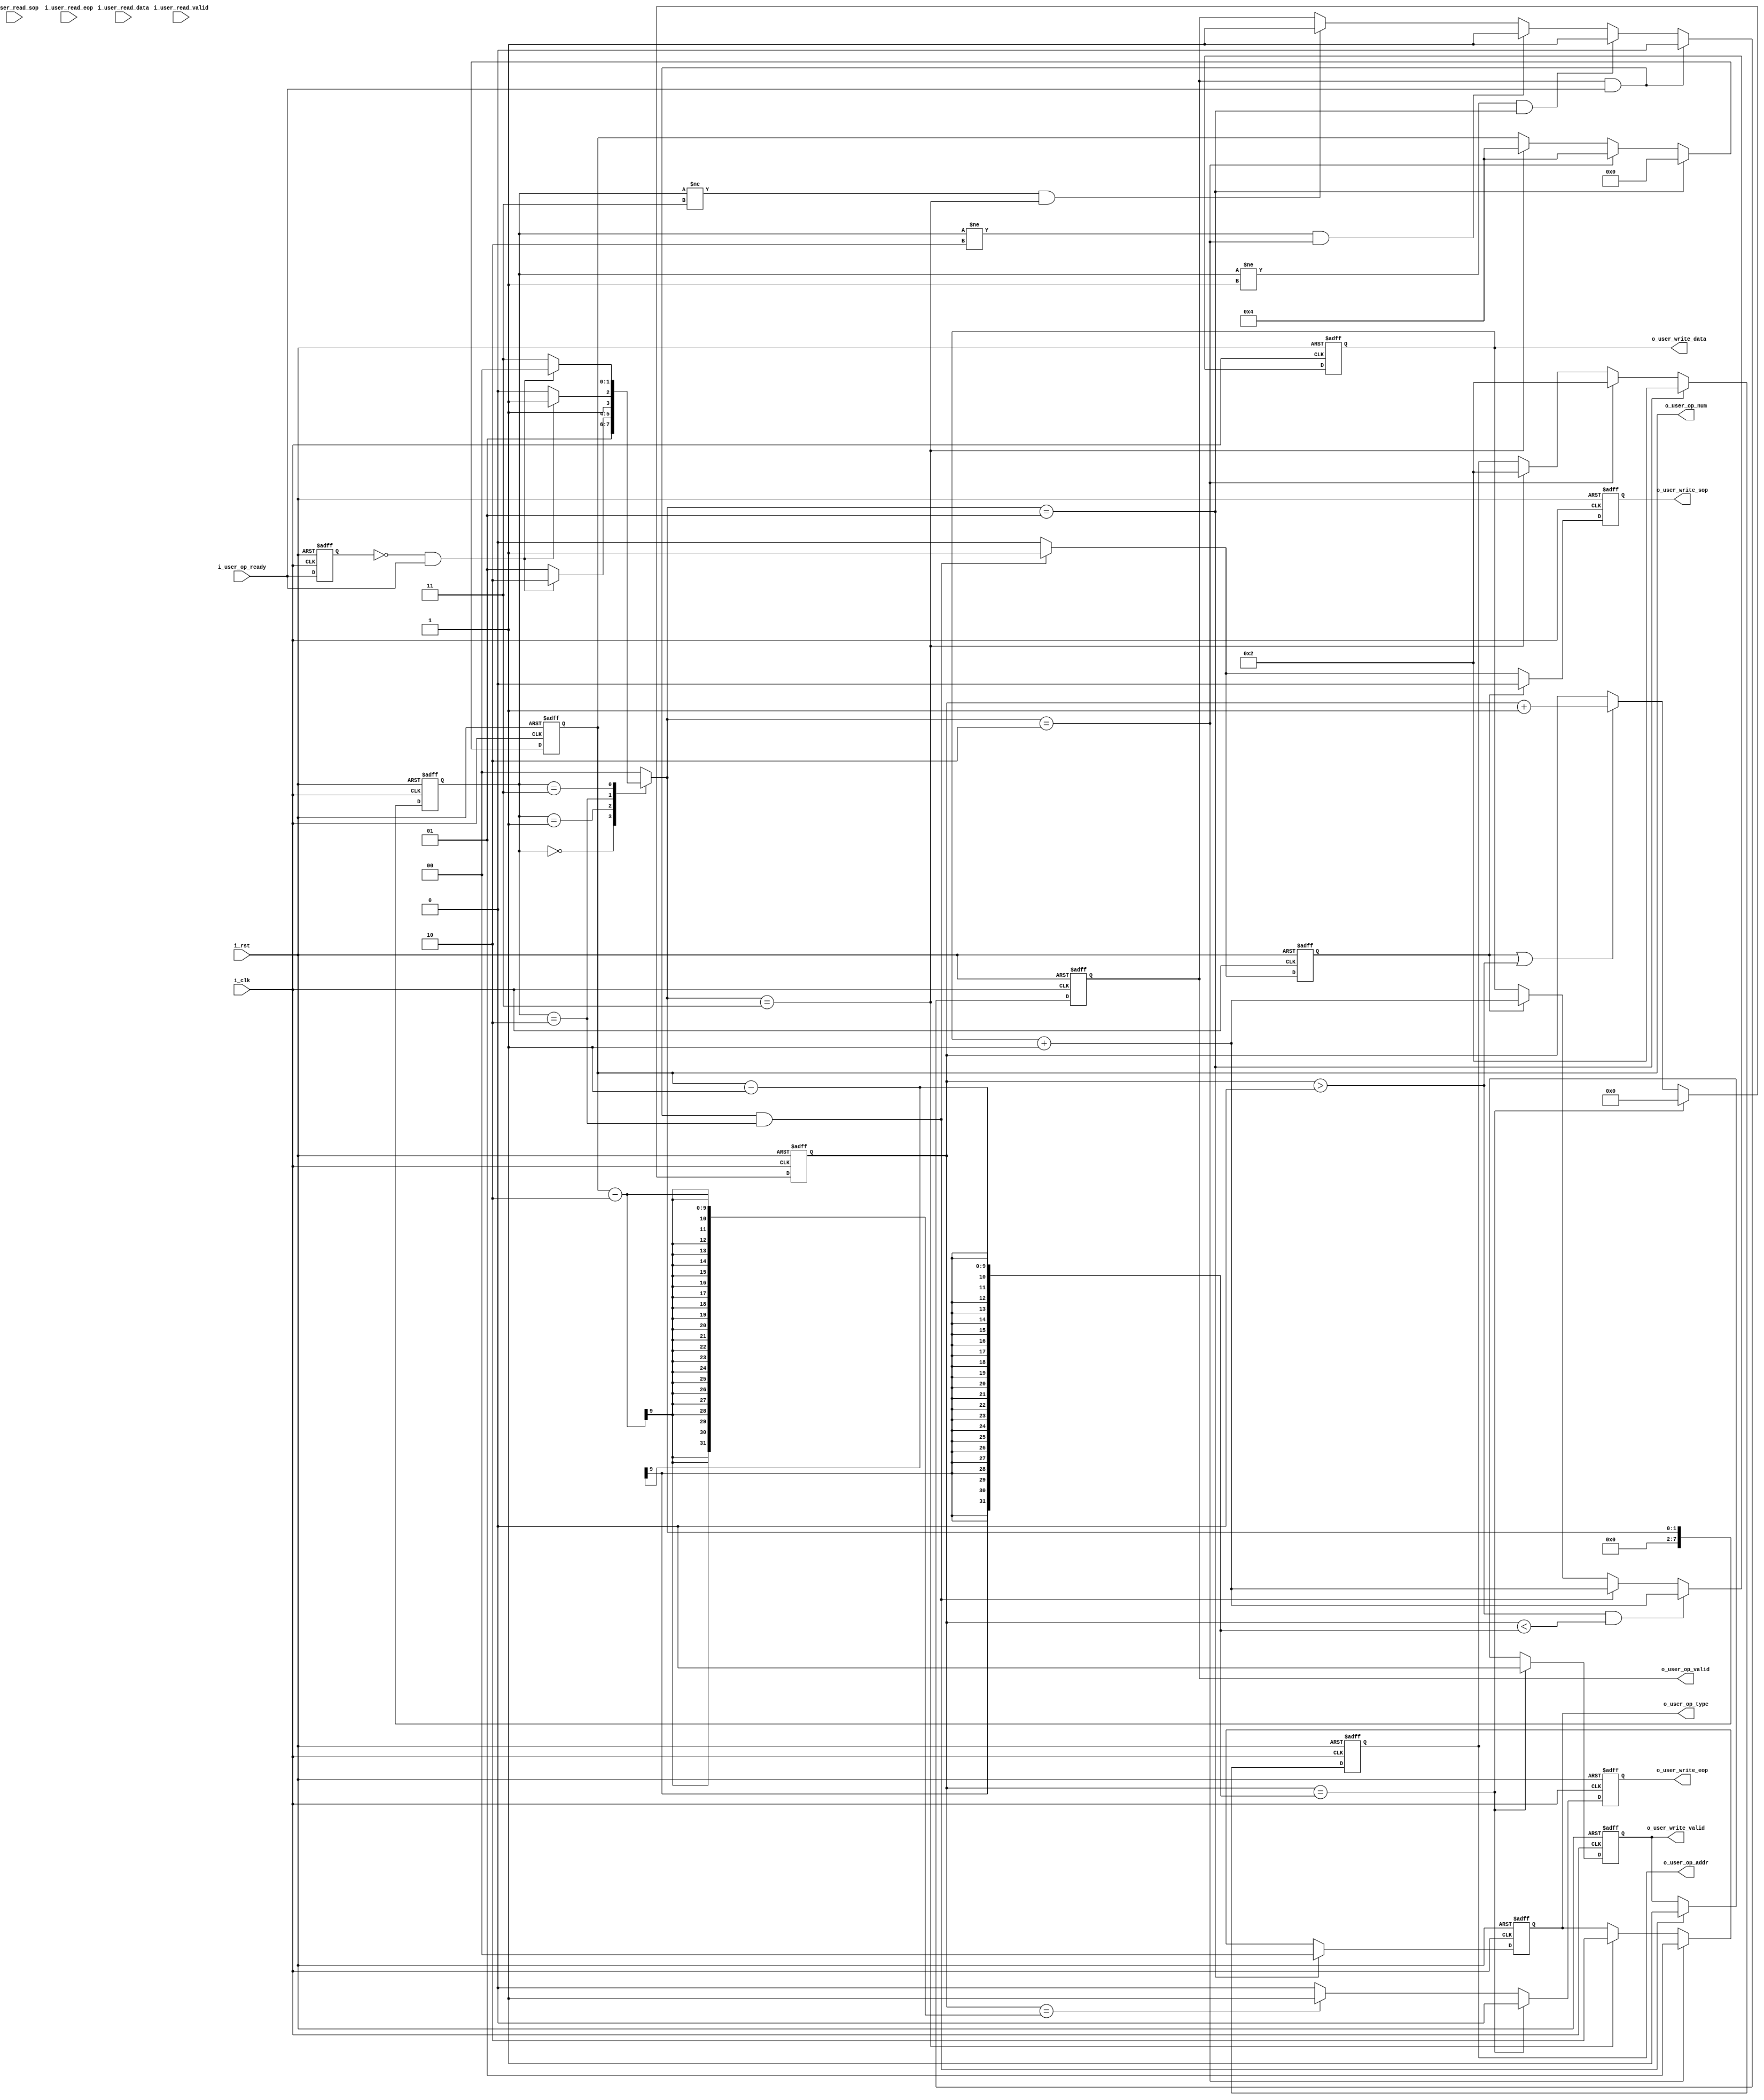
module user_gen_data(
    input                                   i_clk                       ,
    input                                   i_rst                       ,
    
    output [1:0]                            o_user_op_type              ,       // 1
    output [23:0]                           o_user_op_addr              ,       // 1
    output [8:0]                            o_user_op_num               ,       // 1
    output                                  o_user_op_valid             ,       // 1
    input                                   i_user_op_ready             ,       // 1

    output [7:0]                            o_user_write_data           ,       // 1
    output                                  o_user_write_sop            ,       // 1
    output                                  o_user_write_eop            ,       // 1
    output                                  o_user_write_valid          ,       // 1

    input [7:0]                             i_user_read_data            ,
    input                                   i_user_read_sop             ,
    input                                   i_user_read_eop             ,
    input                                   i_user_read_valid           
);

/*
always@(posedge i_clk or posedge i_rst)
begin
    if (i_rst)

    else if ()

    else if ()

    else

end

*/

// 瀵逛氦缁機TRL妯″潡鐨勮緭鍑洪渶瑕佹牴鎹笉鍚岀殑鎿嶄綔鍐冲畾 閲囩敤鐘舵?佹満
reg [7:0]                                                       r_st_current                                            ;
reg [7:0]                                                       r_st_next                                               ;

localparam                                                      P_ST_GEN_IDLE   =   0                                   ,
                                                                P_ST_GEN_CLEAR  =   1                                   ,
                                                                P_ST_GEN_WRITE  =   2                                   ,
                                                                P_ST_GEN_READ   =   3                                   ;
reg				ri_user_op_ready			;
wire				w_user_ready_pos			;
assign				w_user_ready_pos = !ri_user_op_ready & i_user_op_ready;
// 绗竴娈?
always@(posedge i_clk or posedge i_rst)
begin
    if (i_rst)
        r_st_current <= P_ST_GEN_IDLE;
    else
        r_st_current <= r_st_next;
end 

always@(posedge i_clk or posedge i_rst)
begin
    if (i_rst)
        ri_user_op_ready <= 'd1;
    else
        ri_user_op_ready <= i_user_op_ready;
end
// 绗簩娈?
always@(*)
begin
    case(r_st_current)
        P_ST_GEN_IDLE   :   r_st_next   =   P_ST_GEN_CLEAR      ;
        P_ST_GEN_CLEAR  :   r_st_next   =   w_user_ready_pos     ?       P_ST_GEN_WRITE      :       P_ST_GEN_CLEAR      ;
        P_ST_GEN_WRITE  :   r_st_next   =   w_user_ready_pos     ?       P_ST_GEN_READ       :       P_ST_GEN_WRITE      ;
        P_ST_GEN_READ   :   r_st_next   =   w_user_ready_pos     ?       P_ST_GEN_IDLE       :       P_ST_GEN_READ       ;
        default         :   r_st_next   =   P_ST_GEN_IDLE       ;
    endcase
end

// 绗笁娈?
// o_user_op_type 
// o_user_op_addr 
// o_user_op_num  
// o_user_op_valid
// 鎶婅緭鍑哄拰瀵勫瓨鍣ㄨ繛鎺?
reg [1:0]                                                       ro_user_op_type                                         ;
reg [23:0]                                                      ro_user_op_addr                                         ;
reg [8:0]                                                       ro_user_op_num                                          ;
reg                                                             ro_user_op_valid                                        ;

assign                                                          o_user_op_type  = ro_user_op_type                       ;
assign                                                          o_user_op_addr  = ro_user_op_addr                       ;
assign                                                          o_user_op_num   = ro_user_op_num                        ;
assign                                                          o_user_op_valid = ro_user_op_valid                      ;

// 鎻℃墜
wire                                                            w_user_active                                           ;
assign                                                          w_user_active = o_user_op_valid & i_user_op_ready       ;

always@(posedge i_clk or posedge i_rst)
begin
    if (i_rst) begin
        ro_user_op_type  <= 'd0;
        ro_user_op_addr  <= 'd2;
        ro_user_op_num   <= 'd0;
    end else if (r_st_next == P_ST_GEN_CLEAR) begin
        ro_user_op_type  <= 'd0;
        ro_user_op_addr  <= 'd2;
        ro_user_op_num   <= 'd0;
    end else if (r_st_next == P_ST_GEN_WRITE) begin
        ro_user_op_type  <= 'd1;
        ro_user_op_addr  <= 'd2;
        ro_user_op_num   <= 'd4;
    end else if (r_st_next == P_ST_GEN_READ) begin
        ro_user_op_type  <= 'd2;
        ro_user_op_addr  <= 'd2;
        ro_user_op_num   <= 'd4;
    end else begin
        ro_user_op_type  <= ro_user_op_type ;
        ro_user_op_addr  <= ro_user_op_addr ;
        ro_user_op_num   <= ro_user_op_num  ;
    end
end

always@(posedge i_clk or posedge i_rst)
begin
    if (i_rst)
        ro_user_op_valid <= 'd0;
    else if (w_user_active)
        ro_user_op_valid <= 'd0;
    else if (r_st_current != P_ST_GEN_CLEAR && r_st_next == P_ST_GEN_CLEAR)
        ro_user_op_valid <= 'd1;
    else if (r_st_current != P_ST_GEN_WRITE && r_st_next == P_ST_GEN_WRITE)
        ro_user_op_valid <= 'd1;
    else if (r_st_current != P_ST_GEN_READ && r_st_next == P_ST_GEN_READ)
        ro_user_op_valid <= 'd1;
    else
        ro_user_op_valid <= ro_user_op_valid;
end

// 澶勭悊瑕佸啓鐨勬暟鎹?
// o_user_write_data 
// o_user_write_sop  
// o_user_write_eop  
// o_user_write_valid
// 杩炴帴杈撳嚭鍜屽瘎瀛樺櫒
reg [7:0]                                                       ro_user_write_data                                      ;
reg                                                             ro_user_write_sop                                       ;
reg                                                             ro_user_write_eop                                       ;
reg                                                             ro_user_write_valid                                     ;

assign                                                          o_user_write_data  = ro_user_write_data                 ;
assign                                                          o_user_write_sop   = ro_user_write_sop                  ;
assign                                                          o_user_write_eop   = ro_user_write_eop                  ;
assign                                                          o_user_write_valid = ro_user_write_valid                ;

// 鍏跺疄浠?涔堟椂鍊欏啓杩涙暟鎹兘鍙互 浣嗘槸涓轰簡鏇村ソ鍒嗘瀽 鎴戝啓鏁版嵁鍦ㄦ彙鎵嬪悗缁欏嚭
// 鍐欎竴涓瘎瀛樺櫒涓轰簡鍚庨潰璁℃暟
reg                                                             r_for_cnt_sig                                           ;

always@(posedge i_clk or posedge i_rst)
begin
    if (i_rst)
        ro_user_write_data <= 'd0;
    else if (r_w_cnt >0 && r_w_cnt < ro_user_op_num - 1)
        ro_user_write_data <= ro_user_write_data + 1;
    else if (w_user_active && r_st_current == P_ST_GEN_WRITE)
        ro_user_write_data <= ro_user_write_data + 1;
    else if (r_for_cnt_sig)
        ro_user_write_data <= ro_user_write_data + 1;
    else
        ro_user_write_data <= ro_user_write_data;
end

always@(posedge i_clk or posedge i_rst)
begin
    if (i_rst)
        r_for_cnt_sig <= 'd0;
    else if (w_user_active && r_st_current == P_ST_GEN_WRITE)
        r_for_cnt_sig <= 'd1;
    else
        r_for_cnt_sig <= 'd0;
end

// 璁℃暟鍐欎簡鍑犱釜
reg [15:0]                                                      r_w_cnt                                                 ;

always@(posedge i_clk or posedge i_rst)
begin
    if (i_rst)
        r_w_cnt <= 'd0;
    else if (r_w_cnt == ro_user_op_num - 1)
        r_w_cnt <= 'd0;
    else if (r_for_cnt_sig || r_w_cnt > 0)
        r_w_cnt <= r_w_cnt + 1;
    else
        r_w_cnt <= r_w_cnt;
end

// valid
always@(posedge i_clk or posedge i_rst)
begin
    if (i_rst)
        ro_user_write_valid <= 'd0;
    else if (r_w_cnt == ro_user_op_num - 1)
        ro_user_write_valid <= 'd0;
    else if (w_user_active && r_st_current == P_ST_GEN_WRITE)
        ro_user_write_valid <= 'd1;
    else
        ro_user_write_valid <= ro_user_write_valid;
end

// sop eop
always@(posedge i_clk or posedge i_rst)
begin
    if (i_rst)
        ro_user_write_sop <= 'd0;
    else if (r_for_cnt_sig)
        ro_user_write_sop <= 'd0;
    else if (w_user_active && r_st_current == P_ST_GEN_WRITE)
        ro_user_write_sop <= 'd1;
    else
        ro_user_write_sop <= 'd0;
end

always@(posedge i_clk or posedge i_rst)
begin
    if (i_rst)
        ro_user_write_eop <= 'd0;
    else if (r_w_cnt ==  ro_user_op_num - 1)  
        ro_user_write_eop <= 'd0;
    else if (r_w_cnt ==  ro_user_op_num - 2)
        ro_user_write_eop <= 'd1;
    else
        ro_user_write_eop <= 'd0;
end

endmodule